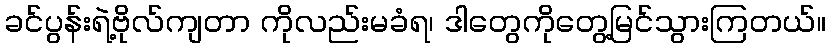
ခင်ပွန်းရဲ့ဗိုလ်ကျတာ ကိုလည်းမခံရ၊ ဒါတွေကိုတွေ့မြင်သွားကြတယ်။